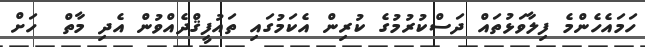
ހަމައެހެންމެ ފިލާވަޅުތައް ދަސްކުރުމުގެ ކުރިން އެކަމުގައި ތައުފީޤްދެއްވުން އެދި މާތް  ހަށް